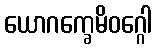
ယောဂက္ခေမိဝဂ္ဂေါ